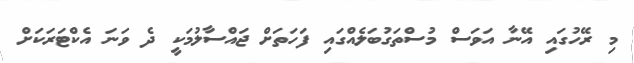
މި ރޭހުގައި އޭނާ އަވަސް މުސްތަގުބަލެއްގައި ފަހަތަށް ޖައްސާލުމަކީ ދެ ވަނަ އެކްޓަރަކަށް